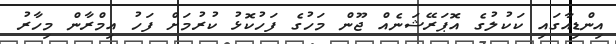
އިންޑިއާގައި ކަކުލުގެ އޮޕަރޭޝަނެއް ޖޫން މަހުގެ ފަހުކޮޅު ކުރުމަށް ފަހު އިމްރާން މިހާރު